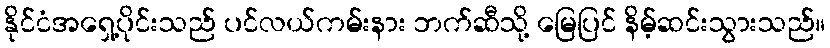
နိုင်ငံအရှေ့ပိုင်းသည် ပင်လယ်ကမ်းနား ဘက်ဆီသို့ မြေပြင် နိမ့်ဆင်းသွားသည်။